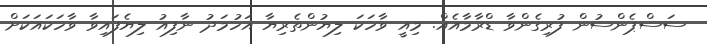
ސަސްޕެންސުން ފުރިގެންވާ ޑްރާމާއެއް. މިއީ ވާހަކަ ލިޔުންތެރިޔާ އަހުމަދު ނާފިއު ލިޔެފައިވާ ވާހަކައަކަށް